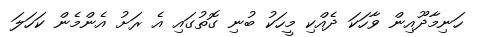
ހަނިމާދޫއިން ވާހަކަ ދެއްކި މީހަކު ބުނި ގޮތުގައި އެ ރަށު އެންމެން ކަހަލަ